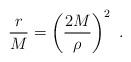
LaTeX: \begin{align*}\frac{r}{M} =\left(\frac{2M}{\rho}\right) ^2 \ .\end{align*}